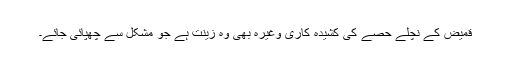
قمیض کے نچلے حصے کی کشیدہ کاری وغیرہ بھی وہ زینت ہے جو مشکل سے چھپائی جائے۔